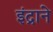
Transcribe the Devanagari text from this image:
इंद्राने